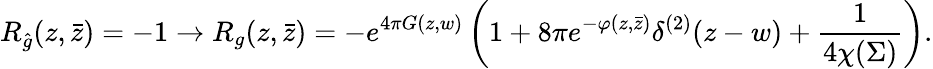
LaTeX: R_{\hat{g}}(z,\bar{z})=-1\to R_{g}(z,\bar{z})=-e^{4\pi G(z,w)}\left(1+8\pi e^{-\varphi(z,\bar{z})}\delta^{(2)}(z-w)+{\frac{1}{4\chi(\Sigma)}}\right).